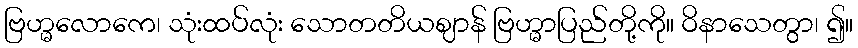
ဗြဟ္မလောကေ၊ သုံးထပ်လုံး သောတတိယဈာန် ဗြဟ္မာပြည်တို့ကို။ ဝိနာသေတွာ၊ ၍။